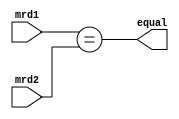
module D_judge (
           input [31:0] mrd1,
           input [31:0] mrd2,
           output equal
       );

assign equal= mrd1==mrd2;

endmodule